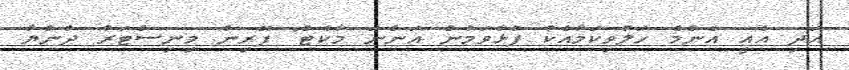
އަދި އެއީ އެންމެ ހަލުވިކަމާއެކު ފުޅާވަމުން އަންނަ މާކެޓް" ފޮރިން މިނިސްޓަރު ދުންޔާ